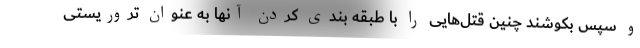
و سپس بکوشند چنین قتل‌هایی را با طبقه بندی کردن آنها به عنوان تروریستی